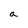
Character: a